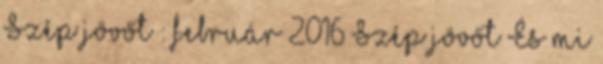
Szép jövőt : február 2016 Szép jövőt És mi